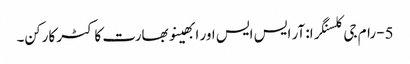
5- رام جی کلسنگرا: آر ایس ایس اور ابھینو بھارت کا کٹر کارکن۔